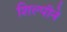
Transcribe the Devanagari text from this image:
शिल्पीने